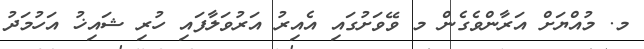
މ. މުއްޔަށް އަރާންވެގެން މ ވޭވަށުގައި އެއިރު އަރުވަލާފައި ހުރި ޝައިޚު އަހުމަދު